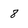
Character: 8